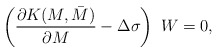
\begin{align*}\left(\frac{\partial K(M,\bar M)}{\partial M}- \Delta \sigma \right)~W =0,\end{align*}